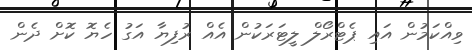
ވިއްކަމުން އައި ޕެޓްރޯލް ލީޓަރަކުން އެއް ރުފިޔާ އަގު ހެޔޮ ކޮށް ދެން